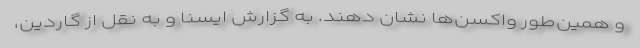
و همین‌طور واکسن‌ها نشان دهند. به گزارش ایسنا و به نقل از گاردین،